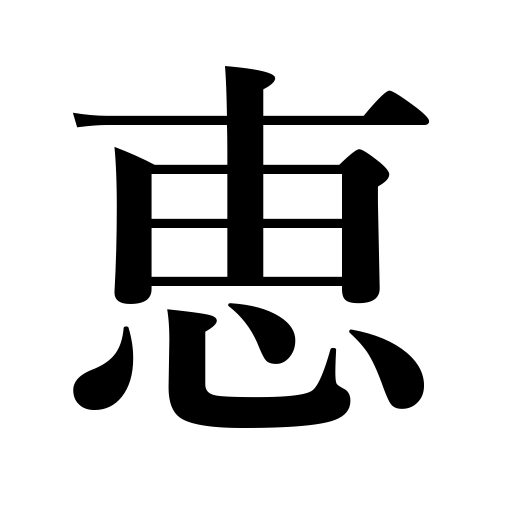
Meanings: kindness,charity,mercy,grace,render benevolence to,bless,benevolence,show mercy to,blessing,favor